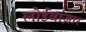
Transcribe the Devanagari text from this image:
लोईबाज़ार